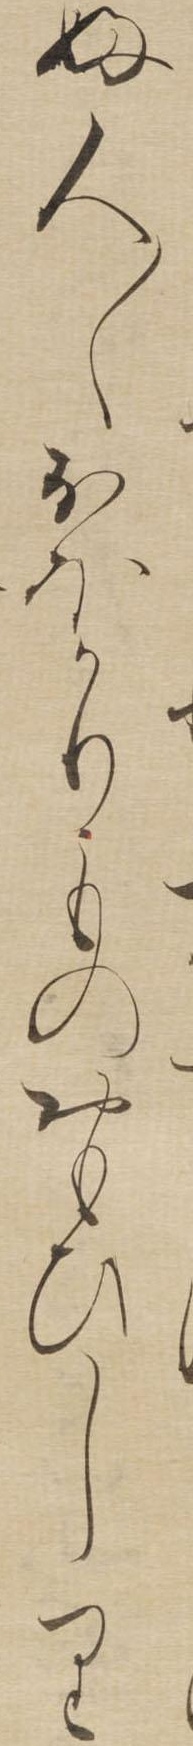
ふ人〱おほかりものおもひしり